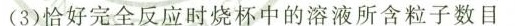
(3)恰好完全反应时烧杯中的溶液所含粒子数目